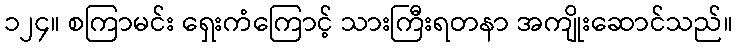
၁၂၄။ စကြာမင်း ရှေးကံကြောင့် သားကြီးရတနာ အကျိုးဆောင်သည်။